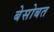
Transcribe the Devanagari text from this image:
बेसोबत